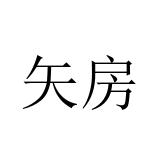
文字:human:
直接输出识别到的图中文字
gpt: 矢房